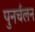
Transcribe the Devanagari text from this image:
पुनर्चलन